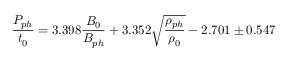
\frac { P _ { p h } } { t _ { 0 } } = 3 . 3 9 8 \frac { B _ { 0 } } { B _ { p h } } + 3 . 3 5 2 \sqrt { \frac { \rho _ { p h } } { \rho _ { 0 } } } - 2 . 7 0 1 \pm 0 . 5 4 7